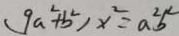
( 9 a ^ { 2 } + b ^ { 2 } ) x ^ { 2 } = a ^ { 2 } b ^ { 2 }